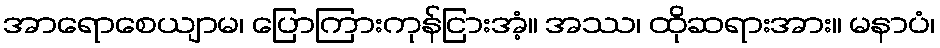
အာရောစေယျာမ၊ ပြောကြားကုန်ငြားအံ့။ အဿ၊ ထိုဆရားအား။ မနာပံ၊